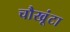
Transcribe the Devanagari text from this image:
चौखूंटा